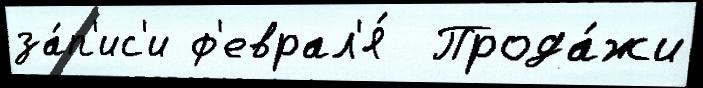
за́п'ис'и ф'еврал'я́  Прода́жи